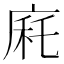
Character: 㢉